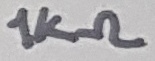
Text: 1KΩ